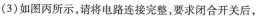
(3)如图丙所示，请将电路连接完整，要求闭合开关后，